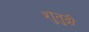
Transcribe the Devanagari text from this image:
शुतुद्री